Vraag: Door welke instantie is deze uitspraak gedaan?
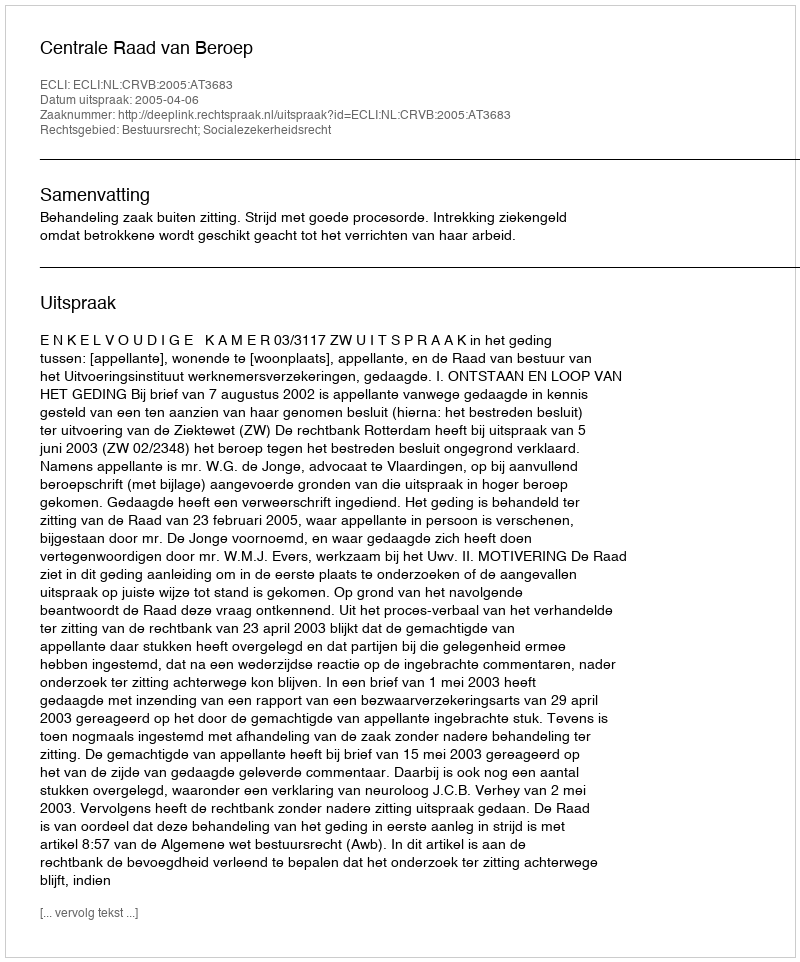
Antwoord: Centrale Raad van Beroep